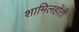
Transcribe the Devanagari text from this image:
शामिलहोती